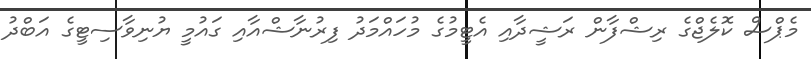
މެޕްސް ކޮލެޖްގެ ރިޝްފާން ރަޝީދާއި އެޓީމުގެ މުހައްމަދު ފިރުނާޝްއާއި ގައުމީ ޔުނިވާސިޓީގެ އަބްދު